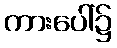
ကားပေါ်၌